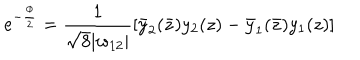
e ^ { - \frac { \phi } { 2 } } = \frac { 1 } { \sqrt { 8 } | w _ { 1 2 } | } [ \bar { y } _ { 2 } ( \bar { z } ) y _ { 2 } ( z ) - \bar { y } _ { 1 } ( \bar { z } ) y _ { 1 } ( z ) ]